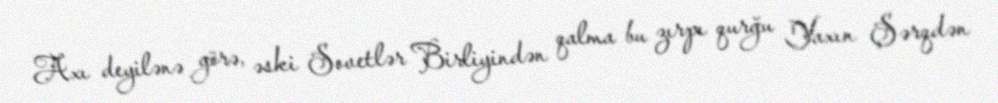
Axı deyilənə görə, əski Sovetlər Birliyindən qalma bu zırpı qurğu Yaxın Şərqdən